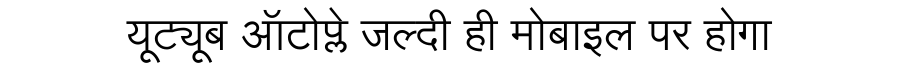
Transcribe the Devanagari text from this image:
यूट्यूब ऑटोप्ले जल्दी ही मोबाइल पर होगा